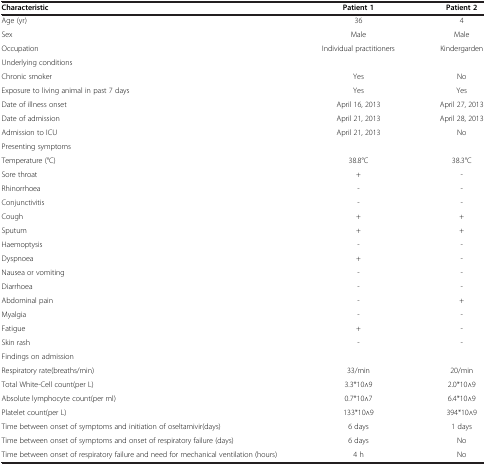
<table><thead><tr><td><b>Characteristic</b></td><td><b>Patient 1</b></td><td><b>Patient 2</b></td></tr></thead><tbody><tr><td>Age (yr)</td><td>36</td><td>4</td></tr><tr><td>Sex</td><td>Male</td><td>Male</td></tr><tr><td>Occupation</td><td>Individual practitioners</td><td>Kindergarden</td></tr><tr><td>Underlying conditions</td><td> </td><td> </td></tr><tr><td>Chronic smoker</td><td>Yes</td><td>No</td></tr><tr><td>Exposure to living animal in past 7 days</td><td>Yes</td><td>Yes</td></tr><tr><td>Date of illness onset</td><td>April 16, 2013</td><td>April 27, 2013</td></tr><tr><td>Date of admission</td><td>April 21, 2013</td><td>April 28, 2013</td></tr><tr><td>Admission to ICU</td><td>April 21, 2013</td><td>No</td></tr><tr><td>Presenting symptoms</td><td> </td><td> </td></tr><tr><td>Temperature (°C)</td><td>38.8°C</td><td>38.3°C</td></tr><tr><td>Sore throat</td><td>+</td><td>-</td></tr><tr><td>Rhinorrhoea</td><td>-</td><td>-</td></tr><tr><td>Conjunctivitis</td><td>-</td><td>-</td></tr><tr><td>Cough</td><td>+</td><td>+</td></tr><tr><td>Sputum</td><td>+</td><td>+</td></tr><tr><td>Haemoptysis</td><td>-</td><td>-</td></tr><tr><td>Dyspnoea</td><td>+</td><td>-</td></tr><tr><td>Nausea or vomiting</td><td>-</td><td>-</td></tr><tr><td>Diarrhoea</td><td>-</td><td>-</td></tr><tr><td>Abdominal pain</td><td>-</td><td>+</td></tr><tr><td>Myalgia</td><td>-</td><td>-</td></tr><tr><td>Fatigue</td><td>+</td><td>-</td></tr><tr><td>Skin rash</td><td>-</td><td>-</td></tr><tr><td>Findings on admission</td><td> </td><td> </td></tr><tr><td>Respiratory rate(breaths/min)</td><td>33/min</td><td>20/min</td></tr><tr><td>Total White-Cell count(per L)</td><td>3.3*10∧9</td><td>2.0*10∧9</td></tr><tr><td>Absolute lymphocyte count(per ml)</td><td>0.7*10∧7</td><td>6.4*10∧9</td></tr><tr><td>Platelet count(per L)</td><td>133*10∧9</td><td>394*10∧9</td></tr><tr><td>Time between onset of symptoms and initiation of oseltamivir(days)</td><td>6 days</td><td>1 days</td></tr><tr><td>Time between onset of symptoms and onset of respiratory failure (days)</td><td>6 days</td><td>No</td></tr><tr><td>Time between onset of respiratory failure and need for mechanical ventilation (hours)</td><td>4 h</td><td>No</td></tr></tbody></table>